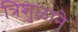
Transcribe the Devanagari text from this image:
त्रिशुळाने